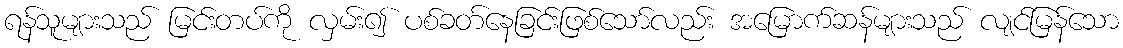
ရန်သူများသည် မြင်းတပ်ကို လှမ်း၍ ပစ်ခတ်နေခြင်းဖြစ်သော်လည်း အမြောက်ဆန်များသည် လျင်မြန်သော